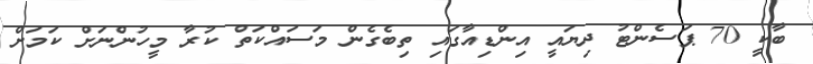
ބާކީ 70 ޕަސެންޓު ދިޔައީ އިންޑިއާގައި ތިބެގެން މަަސައްކަތް ކުރާ މީހުންނަށް ކަމަށް